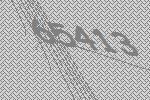
65413